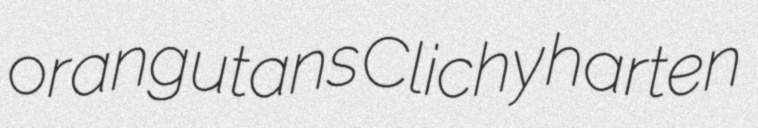
orangutans Clichy harten